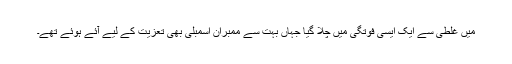
میں غلطی سے ایک ایسی فوتگی میں چلا گیا جہاں بہت سے ممبران اسمبلی بھی تعزیت کے لیے آئے ہوئے تھے۔